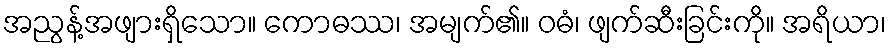
အညွန့်အဖျားရှိသော။ ကောဓဿ၊ အမျက်၏။ ဝဓံ၊ ဖျက်ဆီးခြင်းကို။ အရိယာ၊